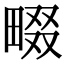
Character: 畷